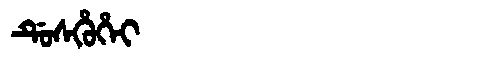
Manchu: ᡩᡠᠰᡥᡠᡥᡝᡳ
Romanization: DUSHUHEI